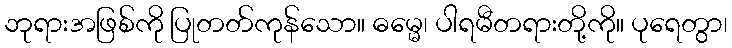
ဘုရားအဖြစ်ကို ပြုတတ်ကုန်သော။ ဓမ္မေ၊ ပါရမီတရားတို့ကို။ ပုရေတွာ၊